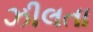
ઝીલતા